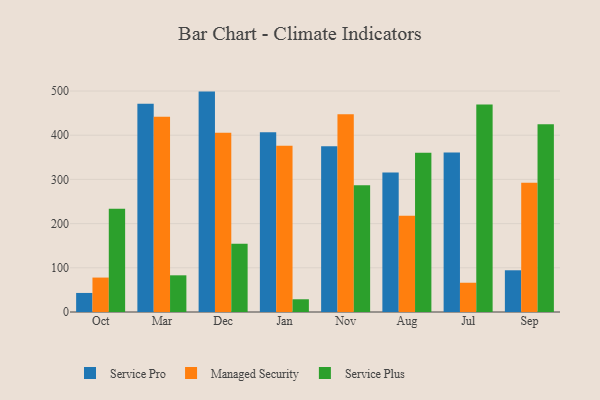
{"axis": {"x": "Month", "y": "Shipments"}, "legend": ["Managed Security", "Service Plus", "Service Pro"], "data": [{"x": "Oct", "y": 43.1, "type": "Service Pro"}, {"x": "Oct", "y": 77.9, "type": "Managed Security"}, {"x": "Oct", "y": 233.6, "type": "Service Plus"}, {"x": "Mar", "y": 471.0, "type": "Service Pro"}, {"x": "Mar", "y": 441.7, "type": "Managed Security"}, {"x": "Mar", "y": 83.0, "type": "Service Plus"}, {"x": "Dec", "y": 498.7, "type": "Service Pro"}, {"x": "Dec", "y": 405.4, "type": "Managed Security"}, {"x": "Dec", "y": 154.3, "type": "Service Plus"}, {"x": "Jan", "y": 407.0, "type": "Service Pro"}, {"x": "Jan", "y": 376.4, "type": "Managed Security"}, {"x": "Jan", "y": 28.8, "type": "Service Plus"}, {"x": "Nov", "y": 375.0, "type": "Service Pro"}, {"x": "Nov", "y": 447.2, "type": "Managed Security"}, {"x": "Nov", "y": 286.8, "type": "Service Plus"}, {"x": "Aug", "y": 315.7, "type": "Service Pro"}, {"x": "Aug", "y": 218.0, "type": "Managed Security"}, {"x": "Aug", "y": 360.5, "type": "Service Plus"}, {"x": "Jul", "y": 361.1, "type": "Service Pro"}, {"x": "Jul", "y": 66.2, "type": "Managed Security"}, {"x": "Jul", "y": 469.6, "type": "Service Plus"}, {"x": "Sep", "y": 94.4, "type": "Service Pro"}, {"x": "Sep", "y": 292.2, "type": "Managed Security"}, {"x": "Sep", "y": 425.0, "type": "Service Plus"}]}